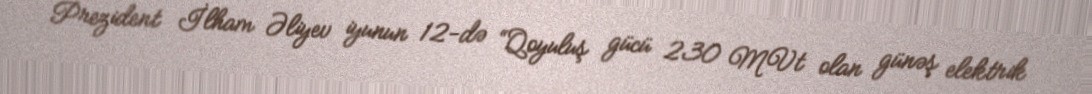
Prezident İlham Əliyev iyunun 12-də “Qoyuluş gücü 230 MVt olan günəş elektrik